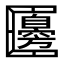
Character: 𠥫